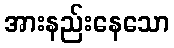
အားနည်းနေသော